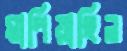
মাপিয়াছিল